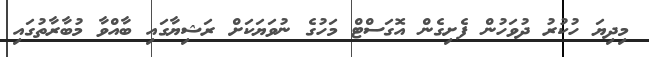
މިދިޔަ ހުކުރު ދުވަހުން ފެށިގެން އޮގަސްޓް މަހުގެ ނުވަޔަކަށް ރަޝިޔާގައި ބާއްވާ މުބާރާތުގައި